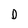
Character: O